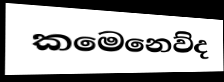
කමෙනෙව්ද